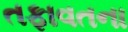
તફાવતના